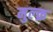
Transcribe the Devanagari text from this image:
मुल्क़